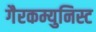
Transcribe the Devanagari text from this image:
गैरकम्युनिस्ट